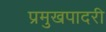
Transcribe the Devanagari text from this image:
प्रमुखपादरी